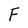
Character: F